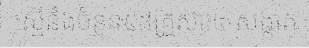
ស្មើនឹងចំនួន៥៨គ្រួសារ៤-សង្កាត់